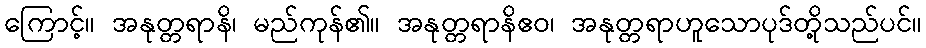
ကြောင့်။ အနုတ္တရာနိ၊ မည်ကုန်၏။ အနုတ္တရာနိဧဝ၊ အနုတ္တရာဟူသောပုဒ်တို့သည်ပင်။